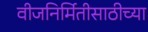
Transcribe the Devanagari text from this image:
वीजनिर्मितीसाठीच्या